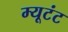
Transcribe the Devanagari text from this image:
म्यूटंट